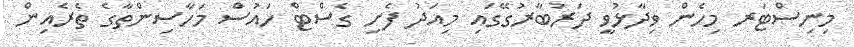
މިނިސްޓަރ މިހެން ވިދާޅުވީ ދަރުބާރުގޭގައި މިއަދު ފެށި ގެސްޓް ހައުސް މަހާސިންތާގެ ތެރެއިން